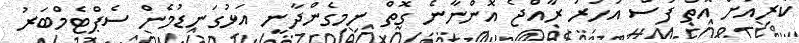
ކުރިއަށް އޮތް ފަސް އަހަރު ރާއްޖެ އޮންނާނެ ގޮތް ނިމިގެންދާނީ އަޅުގަނޑުމެން ސެޕްޓެމްބަރު